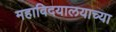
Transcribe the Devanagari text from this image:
महाविदयालयाच्या